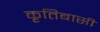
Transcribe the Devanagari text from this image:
कृतिबासी